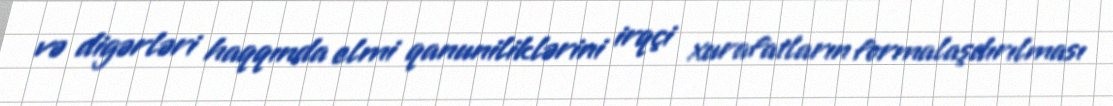
və digərləri haqqında elmi qanuniliklərini irqçi xurafatların formalaşdırılması